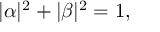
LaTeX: | \alpha | ^ { 2 } + | \beta | ^ { 2 } = 1 ,